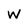
Character: W